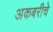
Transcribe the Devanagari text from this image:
अकबरीचे